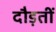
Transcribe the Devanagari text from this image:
दौड़तीं